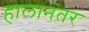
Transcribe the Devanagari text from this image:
हालानंतर